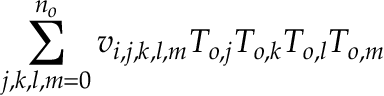
\sum _ { j , k , l , m = 0 } ^ { n _ { o } } v _ { i , j , k , l , m } T _ { o , j } T _ { o , k } T _ { o , l } T _ { o , m }